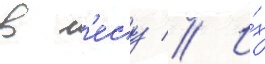
в л'есу // И́х